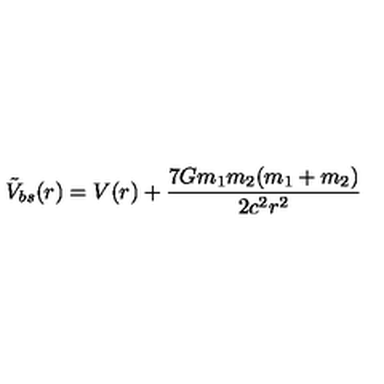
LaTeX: \tilde { V } _ { b s } ( r ) = V ( r ) + { \frac { 7 G m _ { 1 } m _ { 2 } ( m _ { 1 } + m _ { 2 } ) } { 2 c ^ { 2 } r ^ { 2 } } }